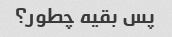
پس بقیه چطور؟